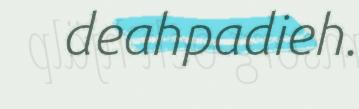
deahpadieh.